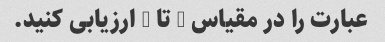
عبارت را در مقیاس 1 تا 5 ارزیابی کنید.